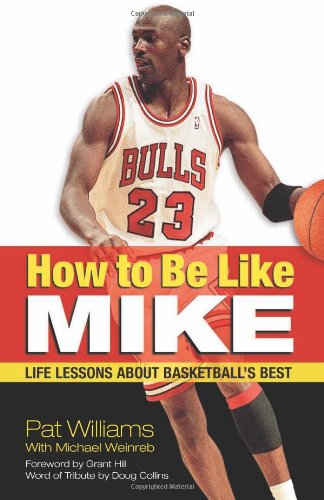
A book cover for How to Be Like Mike: Life Lessons about Basketball's Best; Pat Williams; Biographies & Memoirs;